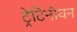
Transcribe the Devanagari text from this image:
ट्रेटिनॉयन